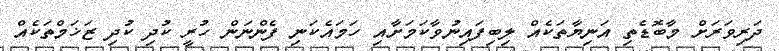
ދަރިވަރަށް މާބޮޑެތި އަނިޔާތަކެއް ލިބިފައިނުވާކަމަށާއި ހަމައެކަނި ފެންނަން ހުރީ ކުދި ކުދި ޒަޚަމްތަކެއް